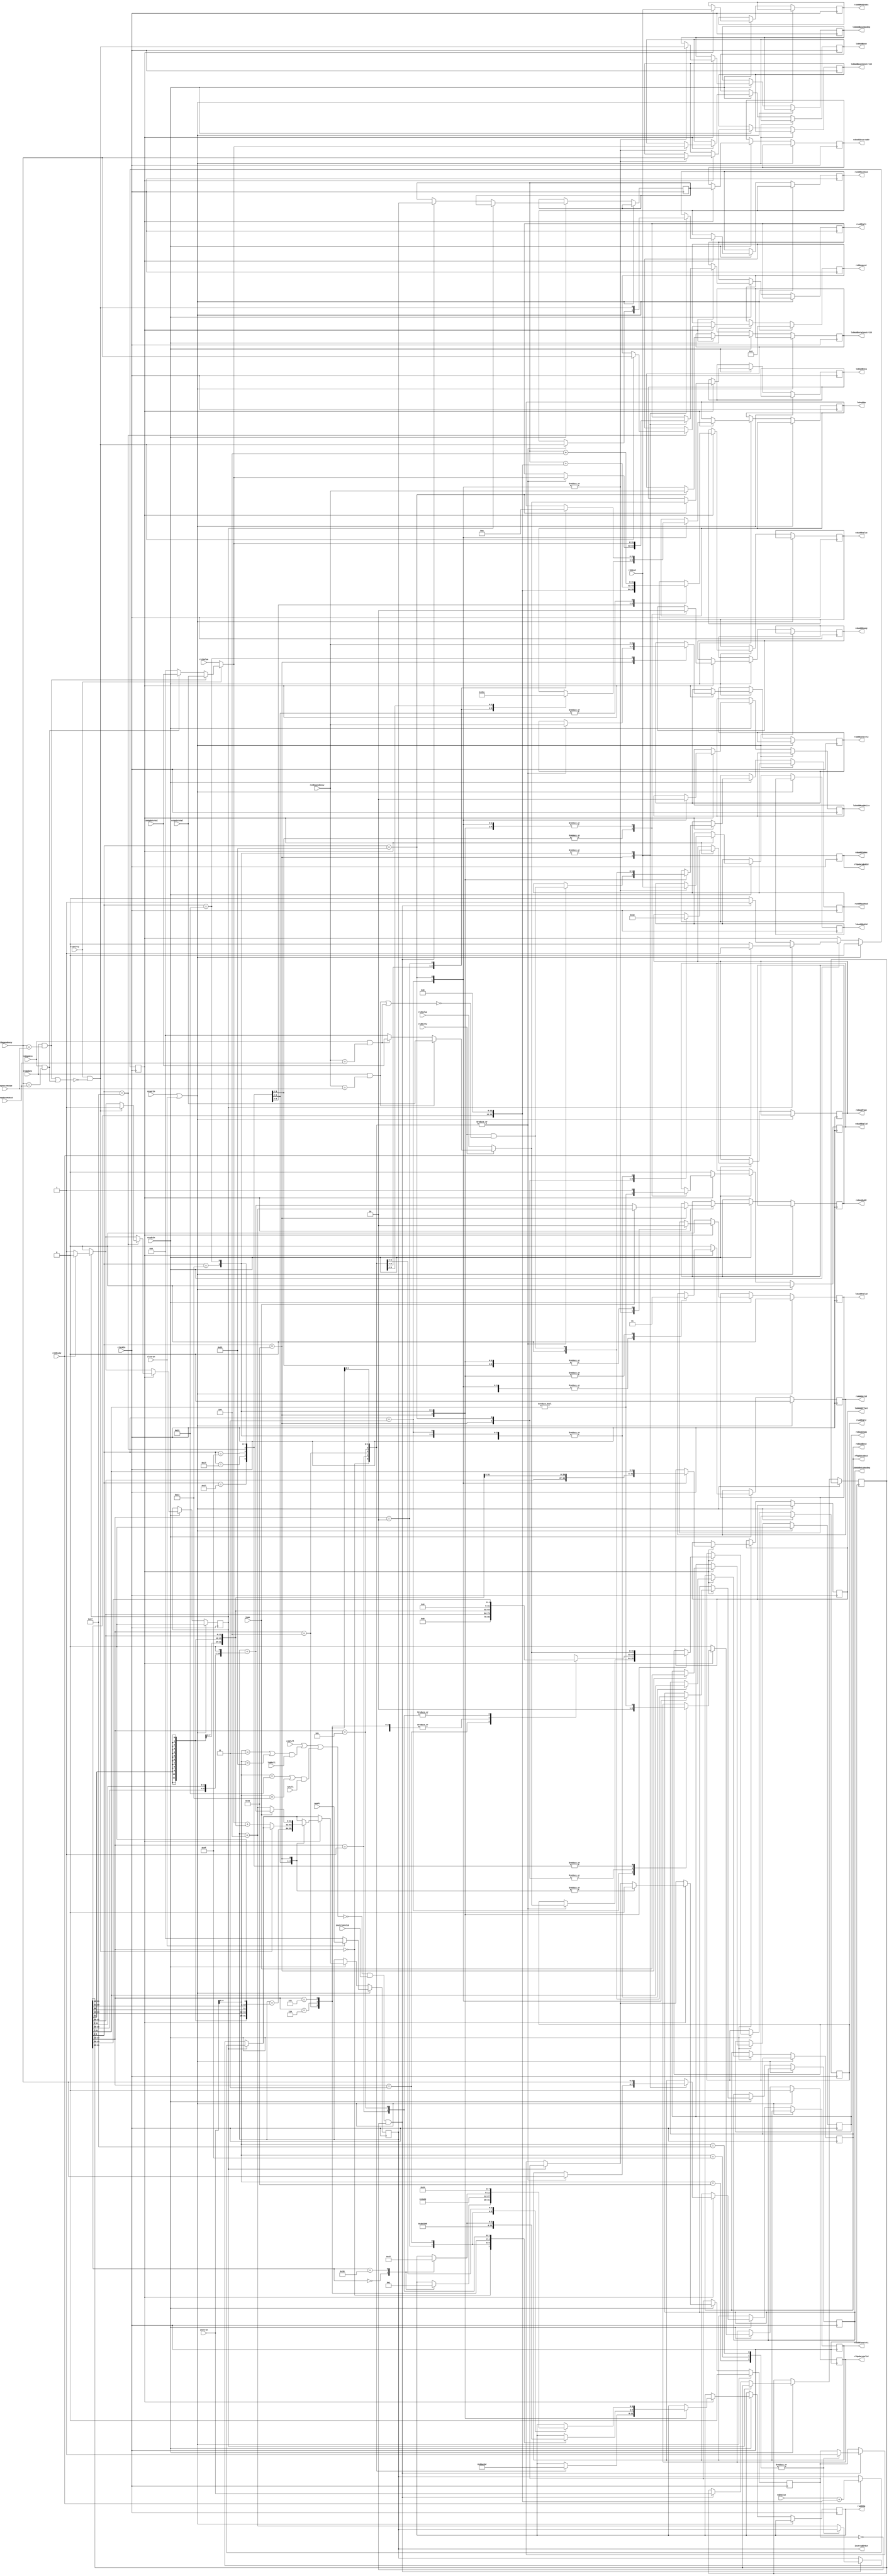
`ifdef DEBUG
`define PRINT_INSTRUCTION_TYPE // Show the information of the instruction on instruction fetch
`endif
module InstructionUnit #(
  parameter ROB_WIDTH = 4,
  parameter LSB_WIDTH = 4,
  parameter RS_OP_WIDTH = 4,
  parameter ROB_OP_WIDTH = 2,
  parameter LSB_OP_WIDTH = 3
) (
  input  wire        resetIn,      // resetIn
  input  wire        clockIn,      // clockIn
  input  wire        readyIn,      // readyIn
  input  wire        clearIn,      // clear signal (when branch prediction is wrong)
  input  wire [31:0] newPc,        // the correct PC value

  // Cache part
  input  wire        instrInValid, // instruction valid signal (icache)
  input  wire [31:0] instrIn,      // data valid signal (icache)
  output wire [31:0] instrAddrOut, // instruction address (icache)

  // Reservation Station part
  input  wire                   rsFull,        // reservation station full signal
  input  wire                   rsUpdate,      // reservation station update signal
  input  wire [ROB_WIDTH-1:0]   rsUpdateRobId, // reservation station rob index
  input  wire [31:0]            rsUpdateVal,   // reservation station value
  output wire                   rsAddValid,    // reservation station add valid signal
  output wire [RS_OP_WIDTH-1:0] rsAddOp,       // reservation station add op
  output wire [ROB_WIDTH-1:0]   rsAddRobIndex, // reservation station add rob index
  output wire [31:0]            rsAddVal1,     // reservation station add value1
  output wire                   rsAddHasDep1,  // reservation station add value1 dependency
  output wire [ROB_WIDTH-1:0]   rsAddConstrt1, // reservation station add value1 constraint
  output wire [31:0]            rsAddVal2,     // reservation station add value2
  output wire                   rsAddHasDep2,  // reservation station add value2 dependency
  output wire [ROB_WIDTH-1:0]   rsAddConstrt2, // reservation station add value2 constraint

  // Reorder Buffer part
  input  wire                    robFull,         // reorder buffer full signal
  input  wire [ROB_WIDTH-1:0]    robNext,         // reorder buffer next index
  input  wire                    robReady,        // reorder buffer ready signal
  input  wire [31:0]             robValue,        // reorder buffer value
  output wire [ROB_WIDTH-1:0]    robRequest,      // reorder buffer request
  output wire                    robAddValid,     // reorder buffer add valid signal
  output wire [ROB_WIDTH-1:0]    robAddIndex,     // reorder buffer add index
  output wire [ROB_OP_WIDTH-1:0] robAddType,      // reorder buffer add type signal
  output wire                    robAddReady,     // reorder buffer add ready signal
  output wire [31:0]             robAddValue,     // reorder buffer add value signal
  output wire                    robAddJump,      // reorder buffer add jump signal
  output wire [4:0]              robAddDest,      // reorder buffer add destination register signal
  output wire [31:0]             robAddAddr,      // reorder buffer add address
  output wire [31:0]             robAddInstrAddr, // reorder buffer add instruction address

  // load & Store Buffer part
  input  wire                    lsbFull,             // load & store buffer full signal
  input  wire                    lsbUpdate,           // load & store buffer update signal
  input  wire [ROB_WIDTH-1:0]    lsbUpdateRobId,         // load & store buffer rob index
  input  wire [31:0]             lsbUpdateVal,        // load & store buffer value
  output wire                    lsbAddValid,         // load & store buffer add valid signal
  output wire                    lsbAddReadWrite,     // load & store buffer read/write select
  output wire [ROB_WIDTH-1:0]    lsbAddRobId,         // load & store buffer rob index
  output wire                    lsbAddBaseHasDep,    // load & store buffer has dependency
  output wire [31:0]             lsbAddBase,          // load & store buffer add base addr
  output wire [ROB_WIDTH-1:0]    lsbAddBaseConstrtId, // load & store buffer add constraint index (RoB)
  output wire [31:0]             lsbAddOffset,        // load & store buffer add offset
  output wire                    lsbAddDataHasDep,    // load & store buffer has dependency
  output wire [31:0]             lsbAddData,          // load & store buffer add base addr
  output wire [ROB_WIDTH-1:0]    lsbAddDataConstrtId, // load & store buffer add constraint index (RoB)
  output wire [LSB_OP_WIDTH-1:0] lsbAddOp,            // load & store buffer add op

  // Register File part
  input  wire                 rs1Dirty,      // rs1 dirty signal
  input  wire [ROB_WIDTH-1:0] rs1Dependency, // rs1 dependency
  input  wire [31:0]          rs1Value,      // rs1 value
  input  wire                 rs2Dirty,      // rs2 dirty signal
  input  wire [ROB_WIDTH-1:0] rs2Dependency, // rs2 dependency
  input  wire [31:0]          rs2Value,      // rs2 value
  output wire                 rfUpdateValid, // register file update valid signal
  output wire [4:0]           rfUpdateDest,  // register file update destination
  output wire [ROB_WIDTH-1:0] rfUpdateRobId, // register file update value

  // Predictor part
  input wire jump // jump signal
);

reg [31:0]             PC;
reg [31:0]             instrReg; // for instrction decode and issue
reg [31:0]             instrAddrReg;
reg                    instrRegValid;
reg                    stall;
reg [ROB_WIDTH-1:0]    stallDependency;
reg                    pending; // pending for the next PC information

reg                    robAddValidReg;
reg [ROB_WIDTH-1:0]    robAddIndexReg;
reg [ROB_OP_WIDTH-1:0] robAddTypeReg;
reg                    robAddReadyReg;
reg [31:0]             robValueReg;
reg [31:0]             robAddrReg;
reg [31:0]             robInstrAddrReg;
reg                    jumpReg;
reg [4:0]              destReg;
reg                    rfUpdateValidReg;

reg                   rsAddValidReg;
reg [RS_OP_WIDTH-1:0] rsAddOpReg;
reg [ROB_WIDTH-1:0]   rsAddRobIndexReg;
reg [31:0]            rsAddVal1Reg;
reg                   rsAddHasDep1Reg;
reg [ROB_WIDTH-1:0]   rsAddConstrt1Reg;
reg [31:0]            rsAddVal2Reg;
reg                   rsAddHasDep2Reg;
reg [ROB_WIDTH-1:0]   rsAddConstrt2Reg;

reg                     lsbAddValidReg;
reg                     lsbAddReadWriteReg;
reg [ROB_WIDTH-1:0]     lsbAddRobIdReg;
reg                     lsbAddBaseHasDepReg;
reg [31:0]              lsbAddBaseReg;
reg [ROB_WIDTH-1:0]     lsbAddBaseConstrtIdReg;
reg [31:0]              lsbAddOffsetReg;
reg                     lsbAddDataHasDepReg;
reg [31:0]              lsbAddDataReg;
reg [ROB_WIDTH-1:0]     lsbAddDataConstrtIdReg;
reg [LSB_OP_WIDTH-1:0]  lsbAddOpReg;

assign instrAddrOut = PC;

assign robRequest      = stallDependency;
assign robAddValid     = robAddValidReg;
assign robAddIndex     = robAddIndexReg;
assign robAddType      = robAddTypeReg;
assign robAddReady     = robAddReadyReg;
assign robAddValue     = robValueReg;
assign robAddDest      = destReg;
assign robAddAddr      = robAddrReg;
assign robAddInstrAddr = robInstrAddrReg;
assign robAddJump      = jumpReg;

assign rfUpdateRobId = robAddIndexReg;
assign rfUpdateDest  = destReg;
assign rfUpdateValid = rfUpdateValidReg;

assign rsAddValid    = rsAddValidReg;
assign rsAddOp       = rsAddOpReg;
assign rsAddRobIndex = rsAddRobIndexReg;
assign rsAddVal1     = rsAddVal1Reg;
assign rsAddHasDep1  = rsAddHasDep1Reg;
assign rsAddConstrt1 = rsAddConstrt1Reg;
assign rsAddVal2     = rsAddVal2Reg;
assign rsAddHasDep2  = rsAddHasDep2Reg;
assign rsAddConstrt2 = rsAddConstrt2Reg;

assign lsbAddValid         = lsbAddValidReg;
assign lsbAddReadWrite     = lsbAddReadWriteReg;
assign lsbAddRobId         = lsbAddRobIdReg;
assign lsbAddBaseHasDep    = lsbAddBaseHasDepReg;
assign lsbAddBase          = lsbAddBaseReg;
assign lsbAddBaseConstrtId = lsbAddBaseConstrtIdReg;
assign lsbAddOffset        = lsbAddOffsetReg;
assign lsbAddDataHasDep    = lsbAddDataHasDepReg;
assign lsbAddData          = lsbAddDataReg;
assign lsbAddDataConstrtId = lsbAddDataConstrtIdReg;
assign lsbAddOp            = lsbAddOpReg;

// Utensils for fetching instruction
wire lsbUsed = (instrIn[6:0] == 7'b0000011) || (instrIn[6:0] == 7'b0100011);
wire rsUsed  = (instrIn[6:0] == 7'b0110011) || (instrIn[6:0] == 7'b0010011);
wire full    = robFull || (lsbUsed && lsbFull) || (rsUsed && rsFull);

// Utensils for decoding instruction
wire [4:0]  rd            = instrReg[11:7];
wire [4:0]  rs1           = instrReg[19:15];
wire [4:0]  rs2           = instrReg[24:20];
wire [6:0]  op1           = instrReg[6:0];
wire [2:0]  op2           = instrReg[14:12];
wire [6:0]  op3           = instrReg[31:25];
wire [11:0] imm           = instrReg[31:20];
wire [31:0] upperImm      = {instrReg[31:12], 12'b0};
wire [31:0] jalImm        = {{12{instrReg[31]}}, instrReg[19:12], instrReg[20], instrReg[30:21], 1'b0};
wire [31:0] signedExtImm  = {{20{instrReg[31]}}, instrReg[31:20]};
wire [31:0] unsignedImm   = {20'b0, instrReg[31:20]};
wire [31:0] branchDiff    = {{20{instrReg[31]}}, instrReg[7], instrReg[30:25], instrReg[11:8], 1'b0};
wire [31:0] storeDiff     = {{20{instrReg[31]}}, instrReg[31:25], instrReg[11:7]};
wire [31:0] shiftAmount   = {27'b0, instrReg[24:20]};
wire        regUpdate     = rd != 5'b00000;
wire        rs1Constraint = rs1Dirty &&
                            !((rsUpdate  && (rs1Dependency == rsUpdateRobId)) ||
                              (lsbUpdate && (rs1Dependency == lsbUpdateRobId)));
wire [31:0] rs1RealValue  = rs1Dirty ?
                              (rsUpdate  && (rs1Dependency == rsUpdateRobId)) ? rsUpdateVal :
                              (lsbUpdate && (rs1Dependency == lsbUpdateRobId)) ? lsbUpdateVal : 0 :
                            rs1Value;
wire        rs2Constraint = rs2Dirty &&
                            !((rsUpdate  && (rs2Dependency == rsUpdateRobId)) ||
                              (lsbUpdate && (rs2Dependency == lsbUpdateRobId)));
wire [31:0] rs2RealValue = rs2Dirty ?
                              (rsUpdate  && (rs2Dependency == rsUpdateRobId)) ? rsUpdateVal :
                              (lsbUpdate && (rs2Dependency == lsbUpdateRobId)) ? lsbUpdateVal : 0 :
                            rs2Value;

always @(posedge clockIn) begin
  robAddIndexReg <= robNext;
  if (resetIn || clearIn) begin
    PC               <= clearIn ? newPc : 32'b0;
    stall            <= 1'b0;
    stallDependency  <= 4'b0000;
    instrRegValid    <= 1'b0;
    robAddValidReg   <= 1'b0;
    rsAddValidReg    <= 1'b0;
    rfUpdateValidReg <= 1'b0;
    lsbAddValidReg   <= 1'b0;
    pending          <= 1'b0;
    jumpReg          <= 1'b0;
  end else if (readyIn) begin
    if (stall) begin
      if (robReady) begin
        stall         <= 1'b0;
        instrRegValid <= 1'b1;
        PC            <= robValue + upperImm;
      end else begin
        stall         <= 1'b1;
        instrRegValid <= 1'b0;
      end
    end else begin
      // Fetch
      if (~full && instrInValid && ~pending) begin
        instrReg      <= instrIn;
        instrAddrReg  <= PC;
        instrRegValid <= 1'b1;
        case (instrIn[6:0])
          7'b1100011: pending <= 1'b1; // branch
          7'b1101111: pending <= 1'b1; // JAL
          7'b1100111: pending <= 1'b1; // JALR
          default:    PC <= PC + 4; // Other instructions
        endcase
`ifdef PRINT_INSTRUCTION_TYPE
        case (instrIn[6:0])
          7'b0110111: $display("LUI(%h): %h", PC, instrIn);
          7'b0010111: $display("AUIPC(%h): %h", PC, instrIn);
          7'b1100011: $display("branch(%h): %h", PC, instrIn);
          7'b1101111: $display("JAL(%h): %h", PC, instrIn);
          7'b1100111: $display("JALR(%h): %h", PC, instrIn);
          7'b0000011: $display("load(%h): %h", PC, instrIn);
          7'b0100011: $display("store(%h): %h", PC, instrIn);
          7'b0010011: $display("immediate(%h): %h", PC, instrIn);
          7'b0110011: $display("calculate(%h): %h", PC, instrIn);
        endcase
`endif
      end else begin
       instrRegValid <= 1'b0;
      end
    end

    // Decode and issue
    if (instrRegValid) begin
      rsAddRobIndexReg <= robNext;
      robInstrAddrReg  <= instrAddrReg;
      case (op1)
        7'b0110111: begin // LUI
          robAddValidReg   <= regUpdate;
          robAddTypeReg    <= 2'b00; // Register write
          robValueReg      <= upperImm;
          destReg          <= rd;
          robAddReadyReg   <= 1'b1;
          rfUpdateValidReg <= regUpdate;
          rsAddValidReg    <= 1'b0;
          lsbAddValidReg   <= 1'b0;
        end
        7'b0010111: begin // AUIPC
          robAddValidReg   <= regUpdate;
          robAddTypeReg    <= 2'b00; // Register write
          robValueReg      <= instrAddrReg + upperImm;
          destReg          <= rd;
          robAddReadyReg   <= 1'b1;
          rfUpdateValidReg <= regUpdate;
          rsAddValidReg    <= 1'b0;
          lsbAddValidReg   <= 1'b0;
        end
        7'b1101111: begin // JAL
          robAddValidReg   <= regUpdate;
          robAddTypeReg    <= 2'b00; // Register write
          robValueReg      <= instrAddrReg + 4;
          destReg          <= rd;
          robAddReadyReg   <= 1'b1;
          rfUpdateValidReg <= regUpdate;
          pending          <= 1'b0;
          PC               <= PC + jalImm;
          rsAddValidReg    <= 1'b0;
          lsbAddValidReg   <= 1'b0;
        end
        7'b1100111: begin // JALR
          robAddValidReg   <= regUpdate;
          robAddTypeReg    <= 2'b00; // Register write
          robValueReg      <= instrAddrReg + 4;
          destReg          <= rd;
          robAddReadyReg   <= 1'b1;
          rfUpdateValidReg <= regUpdate;
          pending          <= 1'b0;
          rsAddValidReg    <= 1'b0;
          lsbAddValidReg   <= 1'b0;
          if (rs1Constraint) begin
            stall           <= 1'b1;
            stallDependency <= rs1Dependency;
          end else begin
            PC <= rs1RealValue + signedExtImm;
          end
        end
        7'b1100011: begin // branch
          robAddValidReg   <= 1'b1;
          pending          <= 1'b0;
          PC               <= jump ? PC + branchDiff : PC + 4;
          robAddTypeReg    <= 2'b01; // Branch
          robAddReadyReg   <= 1'b0;
          jumpReg          <= jump;
          robAddrReg       <= jump ? PC + 4 : PC + branchDiff;
          rfUpdateValidReg <= 1'b0;
          rsAddValidReg    <= 1'b1;
          lsbAddValidReg   <= 1'b0;
          case (op2)
            3'b000: begin // BEQ
              rsAddOpReg       <= 4'b1000; // EQ
              rsAddHasDep1Reg  <= rs1Constraint;
              rsAddHasDep2Reg  <= rs2Constraint;
              rsAddVal1Reg     <= rs1RealValue;
              rsAddVal2Reg     <= rs2RealValue;
              rsAddConstrt1Reg <= rs1Dependency;
              rsAddConstrt2Reg <= rs2Dependency;
            end
            3'b001: begin // BNE
              rsAddOpReg       <= 4'b1001; // NE
              rsAddHasDep1Reg  <= rs1Constraint;
              rsAddHasDep2Reg  <= rs2Constraint;
              rsAddVal1Reg     <= rs1RealValue;
              rsAddVal2Reg     <= rs2RealValue;
              rsAddConstrt1Reg <= rs1Dependency;
              rsAddConstrt2Reg <= rs2Dependency;
            end
            3'b100: begin // BLT
              rsAddOpReg       <= 4'b1010; // LT
              rsAddHasDep1Reg  <= rs1Constraint;
              rsAddHasDep2Reg  <= rs2Constraint;
              rsAddVal1Reg     <= rs1RealValue;
              rsAddVal2Reg     <= rs2RealValue;
              rsAddConstrt1Reg <= rs1Dependency;
              rsAddConstrt2Reg <= rs2Dependency;
            end
            3'b101: begin // BGE
              rsAddOpReg <= 4'b1100; // GE
              rsAddHasDep1Reg  <= rs1Constraint;
              rsAddHasDep2Reg  <= rs2Constraint;
              rsAddVal1Reg     <= rs1RealValue;
              rsAddVal2Reg     <= rs2RealValue;
              rsAddConstrt1Reg <= rs1Dependency;
              rsAddConstrt2Reg <= rs2Dependency;
            end
            3'b110: begin // BLTU
              rsAddOpReg       <= 4'b1011; // LTU
              rsAddHasDep1Reg  <= rs1Constraint;
              rsAddHasDep2Reg  <= rs2Constraint;
              rsAddVal1Reg     <= rs1RealValue;
              rsAddVal2Reg     <= rs2RealValue;
              rsAddConstrt1Reg <= rs1Dependency;
              rsAddConstrt2Reg <= rs2Dependency;
            end
            3'b111: begin // BGEU
              rsAddOpReg <= 4'b1101; // GEU
              rsAddHasDep1Reg  <= rs1Constraint;
              rsAddHasDep2Reg  <= rs2Constraint;
              rsAddVal1Reg     <= rs1RealValue;
              rsAddVal2Reg     <= rs2RealValue;
              rsAddConstrt1Reg <= rs1Dependency;
              rsAddConstrt2Reg <= rs2Dependency;
            end
          endcase
        end
        7'b0000011: begin // load
          robAddValidReg         <= 1'b1;
          robAddTypeReg          <= 2'b00; // Register write
          robAddReadyReg         <= 1'b0;
          destReg                <= rd;
          rfUpdateValidReg       <= 1'b1;
          rsAddValidReg          <= 1'b0;
          lsbAddValidReg         <= 1'b1;
          lsbAddReadWriteReg     <= 1'b1; // Read
          lsbAddRobIdReg         <= robNext;
          lsbAddBaseHasDepReg    <= rs1Constraint;
          lsbAddBaseReg          <= rs1RealValue;
          lsbAddBaseConstrtIdReg <= rs1Dependency;
          lsbAddOffsetReg        <= signedExtImm;
          lsbAddDataHasDepReg    <= 1'b0;
          case (op2)
            3'b000: lsbAddOpReg <= 3'b000; // Byte
            3'b001: lsbAddOpReg <= 3'b001; // Halfword
            3'b010: lsbAddOpReg <= 3'b010; // Word
            3'b100: lsbAddOpReg <= 3'b011; // Unsigned Byte
            3'b101: lsbAddOpReg <= 3'b100; // Unsigned Halfword
          endcase
        end
        7'b0100011: begin // store
          robAddValidReg         <= 1'b1;
          robAddTypeReg          <= 2'b10; // Memory write
          robAddReadyReg         <= 1'b0;
          rfUpdateValidReg       <= 1'b0;
          rsAddValidReg          <= 1'b0;
          lsbAddValidReg         <= 1'b1;
          lsbAddReadWriteReg     <= 1'b0; // Write
          lsbAddRobIdReg         <= robNext;
          lsbAddBaseHasDepReg    <= rs1Constraint;
          lsbAddBaseReg          <= rs1RealValue;
          lsbAddBaseConstrtIdReg <= rs1Dependency;
          lsbAddOffsetReg        <= storeDiff;
          lsbAddDataHasDepReg    <= rs2Constraint;
          lsbAddDataReg          <= rs2RealValue;
          lsbAddDataConstrtIdReg <= rs2Dependency;
          case (op2)
            3'b000: lsbAddOpReg <= 3'b000; // Byte
            3'b001: lsbAddOpReg <= 3'b001; // Halfword
            3'b010: lsbAddOpReg <= 3'b010; // Word
          endcase
        end
        7'b0010011: begin // immediate
          robAddValidReg   <= 1'b1;
          robAddTypeReg    <= 2'b00; // Register write
          robAddReadyReg   <= 1'b0;
          destReg          <= rd;
          rfUpdateValidReg <= regUpdate;
          rsAddValidReg    <= 1'b1;
          lsbAddValidReg   <= 1'b0;
          rsAddHasDep1Reg  <= rs1Constraint;
          rsAddHasDep2Reg  <= 1'b0;
          rsAddVal1Reg     <= rs1RealValue;
          rsAddConstrt1Reg <= rs1Dependency;
          case (op2)
            3'b000: begin // ADDI
              rsAddOpReg       <= 4'b0000; // ADD
              rsAddVal2Reg     <= signedExtImm;
            end
            3'b010: begin // SLTI
              rsAddOpReg       <= 4'b1010; // SLT
              rsAddVal2Reg     <= signedExtImm;
            end
            3'b011: begin // SLTIU
              rsAddOpReg       <= 4'b1011; // SLTU
              rsAddVal2Reg     <= unsignedImm;
            end
            3'b100: begin // XORI
              rsAddOpReg       <= 4'b0010; // XOR
              rsAddVal2Reg     <= signedExtImm;
            end
            3'b110: begin // ORI
              rsAddOpReg       <= 4'b0011; // OR
              rsAddVal2Reg     <= signedExtImm;
            end
            3'b111: begin // ANDI
              rsAddOpReg       <= 4'b0100; // AND
              rsAddVal2Reg     <= signedExtImm;
            end
            3'b001: begin // SLLI
              rsAddOpReg       <= 4'b0101; // SLL
              rsAddVal2Reg     <= shiftAmount;
            end
            3'b101: begin // SRLI/SRAI
              rsAddVal2Reg <= shiftAmount;
              case (op3)
                7'b0000000: rsAddOpReg <= 4'b0110; // SRL
                7'b0100000: rsAddOpReg <= 4'b0111; // SRA
              endcase
            end
          endcase
        end
        7'b0110011: begin // calculate
          robAddValidReg   <= 1'b1;
          robAddTypeReg    <= 2'b00; // Register write
          robAddReadyReg   <= 1'b0;
          destReg          <= rd;
          rfUpdateValidReg <= regUpdate;
          rsAddValidReg    <= 1'b1;
          lsbAddValidReg   <= 1'b0;
          rsAddHasDep1Reg  <= rs1Constraint;
          rsAddHasDep2Reg  <= rs2Constraint;
          rsAddVal1Reg     <= rs1RealValue;
          rsAddVal2Reg     <= rs2RealValue;
          rsAddConstrt1Reg <= rs1Dependency;
          rsAddConstrt2Reg <= rs2Dependency;
          case (op2)
            3'b000: case (op3)
              7'b0000000: rsAddOpReg <= 4'b0000; // ADD
              7'b0100000: rsAddOpReg <= 4'b0001; // SUB
            endcase
            3'b001: rsAddOpReg <= 4'b0101; // SLL
            3'b010: rsAddOpReg <= 4'b1010; // SLT
            3'b011: rsAddOpReg <= 4'b1011; // SLTU
            3'b100: rsAddOpReg <= 4'b0010; // XOR
            3'b101: case (op3)
              7'b0000000: rsAddOpReg <= 4'b0110; // SRL
              7'b0100000: rsAddOpReg <= 4'b0111; // SRA
            endcase
            3'b110: rsAddOpReg <= 4'b0011; // OR
            3'b111: rsAddOpReg <= 4'b0100; // AND
          endcase
        end
      endcase
    end else begin
      robAddValidReg   <= 1'b0;
      rsAddValidReg    <= 1'b0;
      rfUpdateValidReg <= 1'b0;
      lsbAddValidReg   <= 1'b0;
    end
  end
end
endmodule